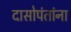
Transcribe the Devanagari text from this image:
दासोपंतांना